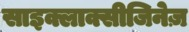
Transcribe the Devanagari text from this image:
साइक्लाक्सीजिनेज़